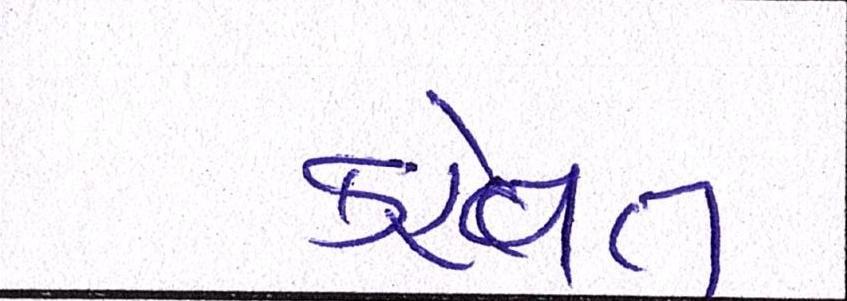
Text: કહેવત